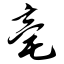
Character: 亳